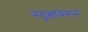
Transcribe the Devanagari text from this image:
नेतृत्वावरून